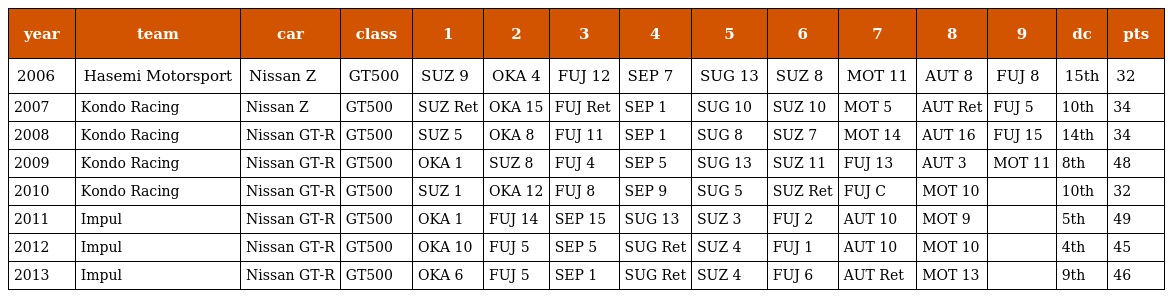
| year | team | car | class | 1 | 2 | 3 | 4 | 5 | 6 | 7 | 8 | 9 | dc | pts |
 | --- | --- | --- | --- | --- | --- | --- | --- | --- | --- | --- | --- | --- | --- | --- |
 | 2006 | Hasemi Motorsport | Nissan Z | GT500 | SUZ 9 | OKA 4 | FUJ 12 | SEP 7 | SUG 13 | SUZ 8 | MOT 11 | AUT 8 | FUJ 8 | 15th | 32 |
 | 2007 | Kondo Racing | Nissan Z | GT500 | SUZ Ret | OKA 15 | FUJ Ret | SEP 1 | SUG 10 | SUZ 10 | MOT 5 | AUT Ret | FUJ 5 | 10th | 34 |
 | 2008 | Kondo Racing | Nissan GT-R | GT500 | SUZ 5 | OKA 8 | FUJ 11 | SEP 1 | SUG 8 | SUZ 7 | MOT 14 | AUT 16 | FUJ 15 | 14th | 34 |
 | 2009 | Kondo Racing | Nissan GT-R | GT500 | OKA 1 | SUZ 8 | FUJ 4 | SEP 5 | SUG 13 | SUZ 11 | FUJ 13 | AUT 3 | MOT 11 | 8th | 48 |
 | 2010 | Kondo Racing | Nissan GT-R | GT500 | SUZ 1 | OKA 12 | FUJ 8 | SEP 9 | SUG 5 | SUZ Ret | FUJ C | MOT 10 |  | 10th | 32 |
 | 2011 | Impul | Nissan GT-R | GT500 | OKA 1 | FUJ 14 | SEP 15 | SUG 13 | SUZ 3 | FUJ 2 | AUT 10 | MOT 9 |  | 5th | 49 |
 | 2012 | Impul | Nissan GT-R | GT500 | OKA 10 | FUJ 5 | SEP 5 | SUG Ret | SUZ 4 | FUJ 1 | AUT 10 | MOT 10 |  | 4th | 45 |
 | 2013 | Impul | Nissan GT-R | GT500 | OKA 6 | FUJ 5 | SEP 1 | SUG Ret | SUZ 4 | FUJ 6 | AUT Ret | MOT 13 |  | 9th | 46 |